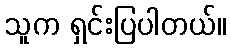
သူက ရှင်းပြပါတယ်။